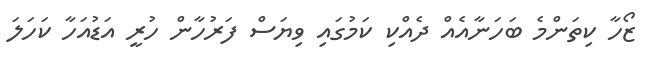
ޒޯހާ ކިތަންމެ ބަހަނާއެއް ދެއްކި ކަމުގައި ވިޔަސް ފަރުހާން ހުރީ އަޑުއަހާ ކަހަލަ